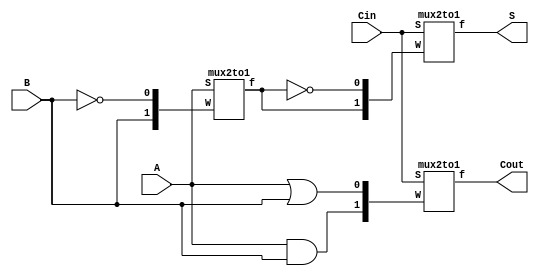
module fulladder(Cin, A, B, S, Cout);
input Cin, A, B;
output S, Cout;

wire x;

mux2to1 m1({B, ~B}, A, x);
mux2to1 m2({x, ~x}, Cin, S);

mux2to1 m3({A&B, A|B}, Cin, Cout);

endmodule

module mux2to1(W, S, f);
input [0:1]W;
input S;
output f;
reg f;
always@(W or S)
        f = W[S];
endmodule